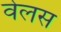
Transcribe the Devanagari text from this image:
वेलस